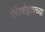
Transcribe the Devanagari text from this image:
पेरेस्त्रोइकाच्या